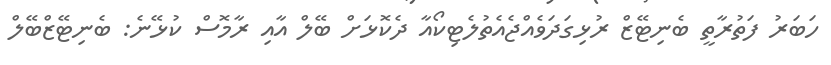
ހަބަރު ފަތުރާތީ ބެނިޓޭޒް ރުޅިގަދަވެއްޖެއެތުލެޓިކޯއާ ދެކޮޅަށް ބޭލް އާއި ރާމޮސް ކުޅޭނެ: ބެނިޓޭޒްބޭލް